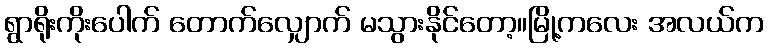
ရွာရိုးကိုးပေါက် တောက်လျှောက် မသွားနိုင်တော့။မြို့ကလေး အလယ်က